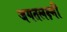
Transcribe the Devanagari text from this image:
जगतलक्ष्मी